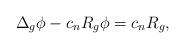
LaTeX: \begin{align*} \Delta_{g}\phi-c_n R_{g}\phi= c_nR_g,\end{align*}